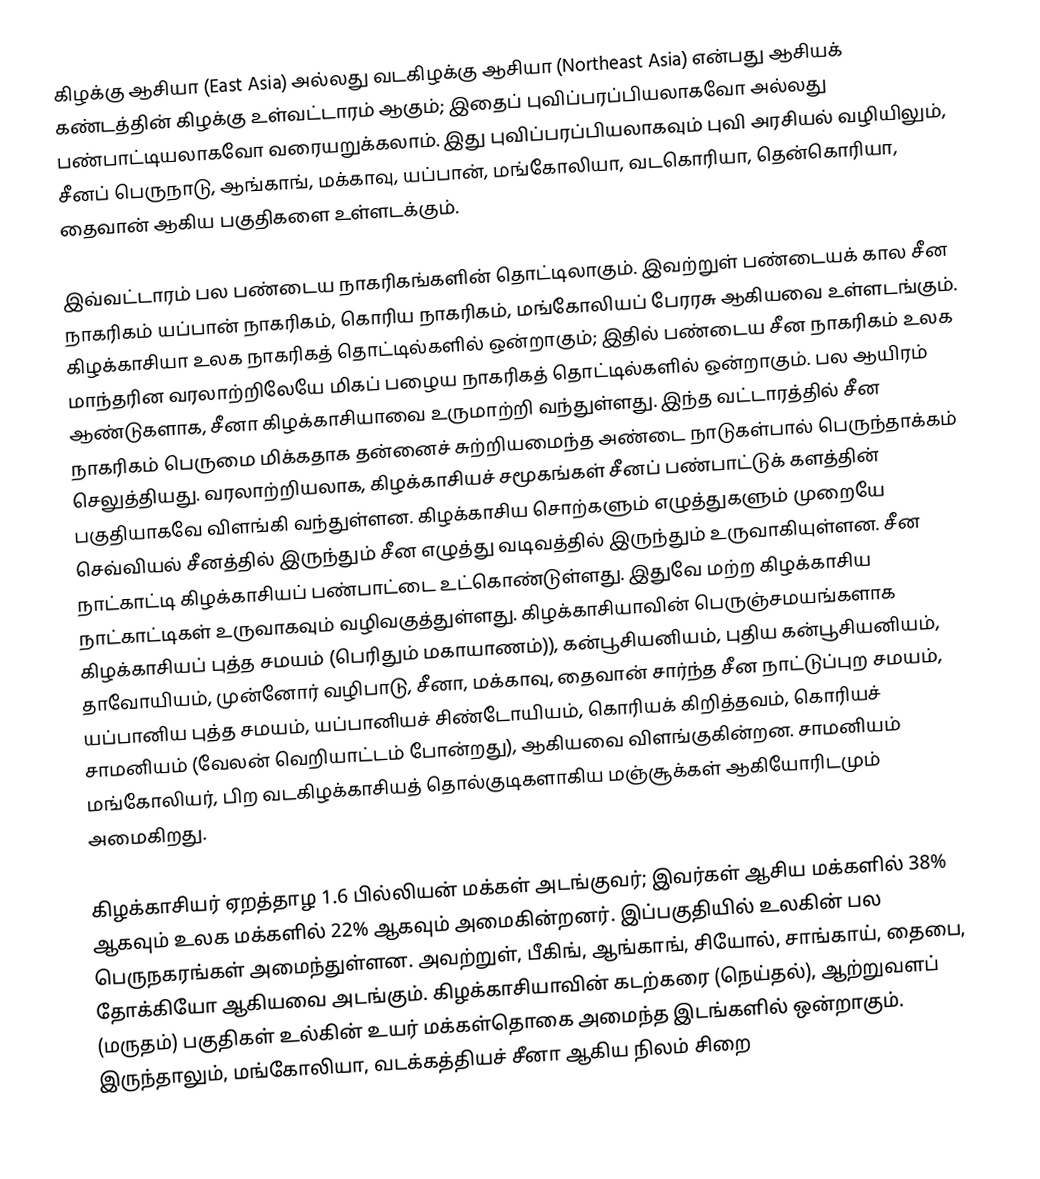
கிழக்கு ஆசியா (East Asia) அல்லது வடகிழக்கு ஆசியா (Northeast Asia) என்பது ஆசியக் கண்டத்தின் கிழக்கு உள்வட்டாரம் ஆகும்; இதைப் புவிப்பரப்பியலாகவோ அல்லது பண்பாட்டியலாகவோ வரையறுக்கலாம். இது புவிப்பரப்பியலாகவும் புவி அரசியல் வழியிலும், சீனப் பெருநாடு, ஆங்காங், மக்காவு, யப்பான், மங்கோலியா, வடகொரியா, தென்கொரியா, தைவான் ஆகிய பகுதிகளை உள்ளடக்கும்.

இவ்வட்டாரம் பல பண்டைய நாகரிகங்களின் தொட்டிலாகும். இவற்றுள் பண்டையக் கால சீன நாகரிகம் யப்பான் நாகரிகம், கொரிய நாகரிகம், மங்கோலியப் பேரரசு ஆகியவை உள்ளடங்கும். கிழக்காசியா உலக நாகரிகத் தொட்டில்களில் ஒன்றாகும்; இதில் பண்டைய சீன நாகரிகம் உலக மாந்தரின வரலாற்றிலேயே மிகப் பழைய நாகரிகத் தொட்டில்களில் ஒன்றாகும். பல ஆயிரம் ஆண்டுகளாக, சீனா கிழக்காசியாவை உருமாற்றி வந்துள்ளது. இந்த வட்டாரத்தில் சீன நாகரிகம் பெருமை மிக்கதாக தன்னைச் சுற்றியமைந்த அண்டை நாடுகள்பால் பெருந்தாக்கம் செலுத்தியது. வரலாற்றியலாக, கிழக்காசியச் சமூகங்கள் சீனப் பண்பாட்டுக் களத்தின் பகுதியாகவே விளங்கி வந்துள்ளன. கிழக்காசிய சொற்களும் எழுத்துகளும் முறையே செவ்வியல் சீனத்தில் இருந்தும் சீன எழுத்து வடிவத்தில் இருந்தும் உருவாகியுள்ளன. சீன நாட்காட்டி கிழக்காசியப் பண்பாட்டை உட்கொண்டுள்ளது. இதுவே மற்ற கிழக்காசிய நாட்காட்டிகள் உருவாகவும் வழிவகுத்துள்ளது. கிழக்காசியாவின் பெருஞ்சமயங்களாக கிழக்காசியப் புத்த சமயம் (பெரிதும் மகாயாணம்)), கன்பூசியனியம், புதிய  கன்பூசியனியம், தாவோயியம், முன்னோர் வழிபாடு, சீனா, மக்காவு, தைவான் சார்ந்த சீன நாட்டுப்புற சமயம், யப்பானிய புத்த சமயம், யப்பானியச் சிண்டோயியம், கொரியக் கிறித்தவம், கொரியச் சாமனியம் (வேலன் வெறியாட்டம் போன்றது), ஆகியவை விளங்குகின்றன.  சாமனியம் மங்கோலியர், பிற வடகிழக்காசியத் தொல்குடிகளாகிய மஞ்சூக்கள் ஆகியோரிடமும் அமைகிறது.

கிழக்காசியர் ஏறத்தாழ 1.6 பில்லியன் மக்கள் அடங்குவர்; இவர்கள் ஆசிய மக்களில் 38%  ஆகவும் உலக மக்களில் 22%  ஆகவும் அமைகின்றனர். இப்பகுதியில் உலகின் பல பெருநகரங்கள் அமைந்துள்ளன. அவற்றுள்,  பீகிங், ஆங்காங், சியோல், சாங்காய், தைபை, தோக்கியோ ஆகியவை அடங்கும்.  கிழக்காசியாவின் கடற்கரை (நெய்தல்), ஆற்றுவளப் (மருதம்) பகுதிகள் உல்கின் உயர் மக்கள்தொகை அமைந்த இடங்களில் ஒன்றாகும். இருந்தாலும், மங்கோலியா, வடக்கத்தியச் சீனா ஆகிய நிலம் சிறை